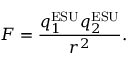
F = { \frac { q _ { 1 } ^ { \mathrm { E S U } } q _ { 2 } ^ { \mathrm { E S U } } } { r ^ { 2 } } } .